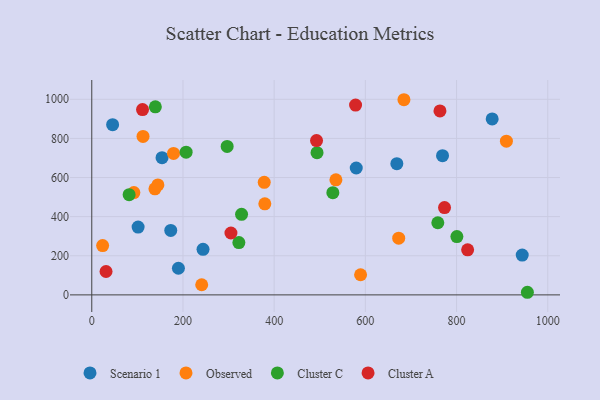
{"axis": {"x": "Price", "y": "Sales"}, "legend": ["Cluster A", "Cluster C", "Observed", "Scenario 1"], "data": [{"x": "580.0", "y": 648.7, "type": "Scenario 1"}, {"x": "669.0", "y": 670.7, "type": "Scenario 1"}, {"x": "944.0", "y": 203.5, "type": "Scenario 1"}, {"x": "769.2", "y": 711.7, "type": "Scenario 1"}, {"x": "878.1", "y": 899.4, "type": "Scenario 1"}, {"x": "101.6", "y": 346.7, "type": "Scenario 1"}, {"x": "45.7", "y": 870.4, "type": "Scenario 1"}, {"x": "154.1", "y": 701.3, "type": "Scenario 1"}, {"x": "190.0", "y": 136.2, "type": "Scenario 1"}, {"x": "173.2", "y": 329.4, "type": "Scenario 1"}, {"x": "244.0", "y": 232.8, "type": "Scenario 1"}, {"x": "241.1", "y": 51.9, "type": "Observed"}, {"x": "684.6", "y": 997.8, "type": "Observed"}, {"x": "378.2", "y": 575.4, "type": "Observed"}, {"x": "112.4", "y": 809.9, "type": "Observed"}, {"x": "909.3", "y": 786.0, "type": "Observed"}, {"x": "589.5", "y": 102.9, "type": "Observed"}, {"x": "179.3", "y": 723.3, "type": "Observed"}, {"x": "138.5", "y": 542.0, "type": "Observed"}, {"x": "145.0", "y": 562.1, "type": "Observed"}, {"x": "379.5", "y": 465.3, "type": "Observed"}, {"x": "23.8", "y": 252.2, "type": "Observed"}, {"x": "673.1", "y": 289.9, "type": "Observed"}, {"x": "92.3", "y": 523.3, "type": "Observed"}, {"x": "535.4", "y": 588.2, "type": "Observed"}, {"x": "955.3", "y": 13.3, "type": "Cluster C"}, {"x": "322.6", "y": 267.6, "type": "Cluster C"}, {"x": "800.7", "y": 298.1, "type": "Cluster C"}, {"x": "81.9", "y": 512.3, "type": "Cluster C"}, {"x": "328.5", "y": 412.0, "type": "Cluster C"}, {"x": "528.7", "y": 522.3, "type": "Cluster C"}, {"x": "296.9", "y": 759.2, "type": "Cluster C"}, {"x": "758.9", "y": 368.9, "type": "Cluster C"}, {"x": "494.0", "y": 727.1, "type": "Cluster C"}, {"x": "139.4", "y": 961.6, "type": "Cluster C"}, {"x": "206.9", "y": 729.4, "type": "Cluster C"}, {"x": "763.6", "y": 940.7, "type": "Cluster A"}, {"x": "305.2", "y": 316.4, "type": "Cluster A"}, {"x": "31.3", "y": 119.6, "type": "Cluster A"}, {"x": "773.6", "y": 446.4, "type": "Cluster A"}, {"x": "824.3", "y": 230.6, "type": "Cluster A"}, {"x": "111.3", "y": 947.4, "type": "Cluster A"}, {"x": "492.9", "y": 788.9, "type": "Cluster A"}, {"x": "578.5", "y": 970.5, "type": "Cluster A"}]}